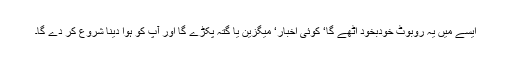
ایسے میں یہ روبوٹ خودبخود اٹھے گا‘ کوئی اخبار‘ میگزین یا گتہ پکڑے گا اور آپ کو ہوا دینا شروع کر دے گا۔